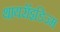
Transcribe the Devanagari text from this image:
थायरॉइडिज्म